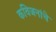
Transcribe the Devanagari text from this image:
कविजनांचे